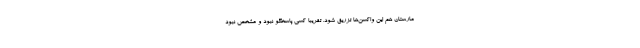
مارستان هم این واکسن‌ها تزریق شود. تقریبا کسی پاسخگو نبود و مشخص نبود